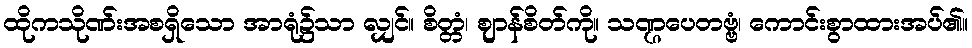
ထိုကသိုဏ်းအစရှိသော အာရုံ၌သာ လျှင်။ စိတ္တံ၊ ဈာန်စိတ်ကို။ သဏ္ဌပေတဗ္ဗံ၊ ကောင်းစွာထားအပ်၏။